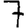
Digit: 7